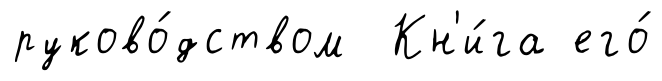
руково́дством Кн'и́га его́